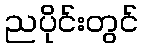
ညပိုင်းတွင်